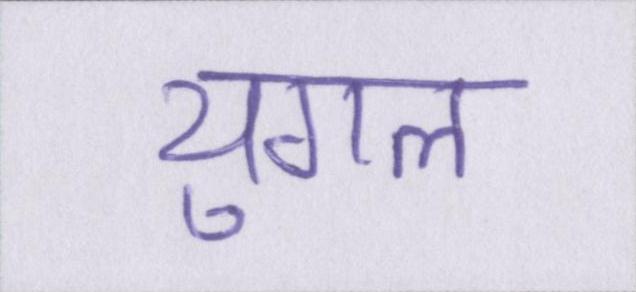
युगल